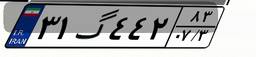
۳۱گ۴۴۲۸۳